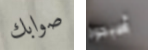
صوابك أصبحوا